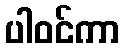
ပါဝင်ကာ